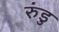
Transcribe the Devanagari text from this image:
रुंडु